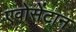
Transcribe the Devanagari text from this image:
एवोसेंटान